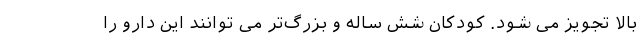
بالا تجویز می شود. کودکان شش ساله و بزرگ‌تر می توانند این دارو را